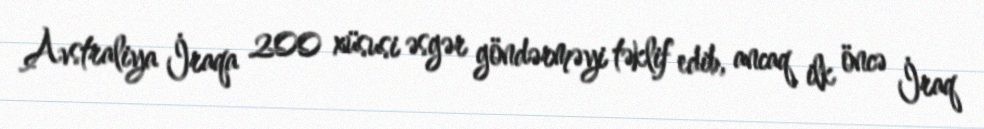
Avstraliya İraqa 200 xüsusi əsgər göndərməyi təklif edib, ancaq ilk öncə İraq